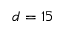
d = 1 5